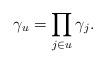
LaTeX: \begin{align*}\gamma_u=\prod_{j\in u} \gamma_j.\end{align*}